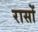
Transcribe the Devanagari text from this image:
रासों